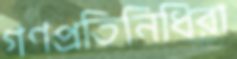
গণপ্রতিনিধিরা